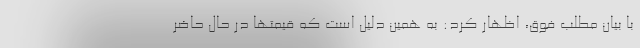
با بیان مطلب فوق، اظهار کرد: به همین دلیل است که قیمتها در حال حاضر